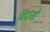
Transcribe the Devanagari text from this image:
विंदाशी